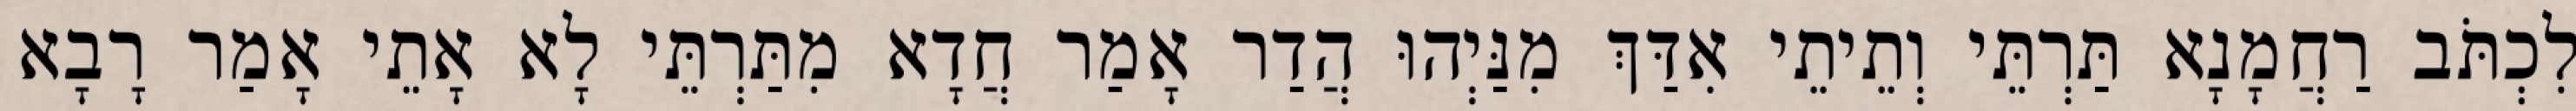
לִכְתֹּב רַחֲמָנָא תַּרְתֵּי וְתֵיתֵי אִדַּךְ מִנַּיְהוּ הֲדַר אָמַר חֲדָא מִתַּרְתֵּי לָא אָתֵי אָמַר רָבָא